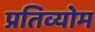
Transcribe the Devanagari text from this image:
प्रतिव्योम